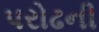
પરોઢની